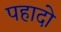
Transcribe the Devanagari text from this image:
पहादो